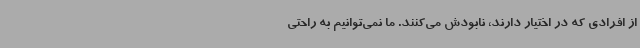
از افرادی که در اختیار دارند، نابودش می‌کنند. ما نمی‌توانیم به راحتی